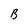
Character: B